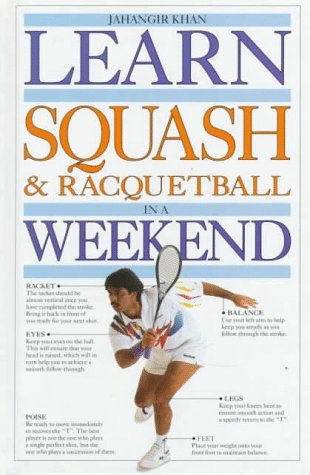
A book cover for By Jahangir Khan Learn Squash and Racquetball in a Weekend (Learn in a Weekend Series) [Hardcover]; Sports & Outdoors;